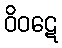
ဝိဝဋေ